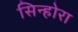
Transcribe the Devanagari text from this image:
सिन्होरा